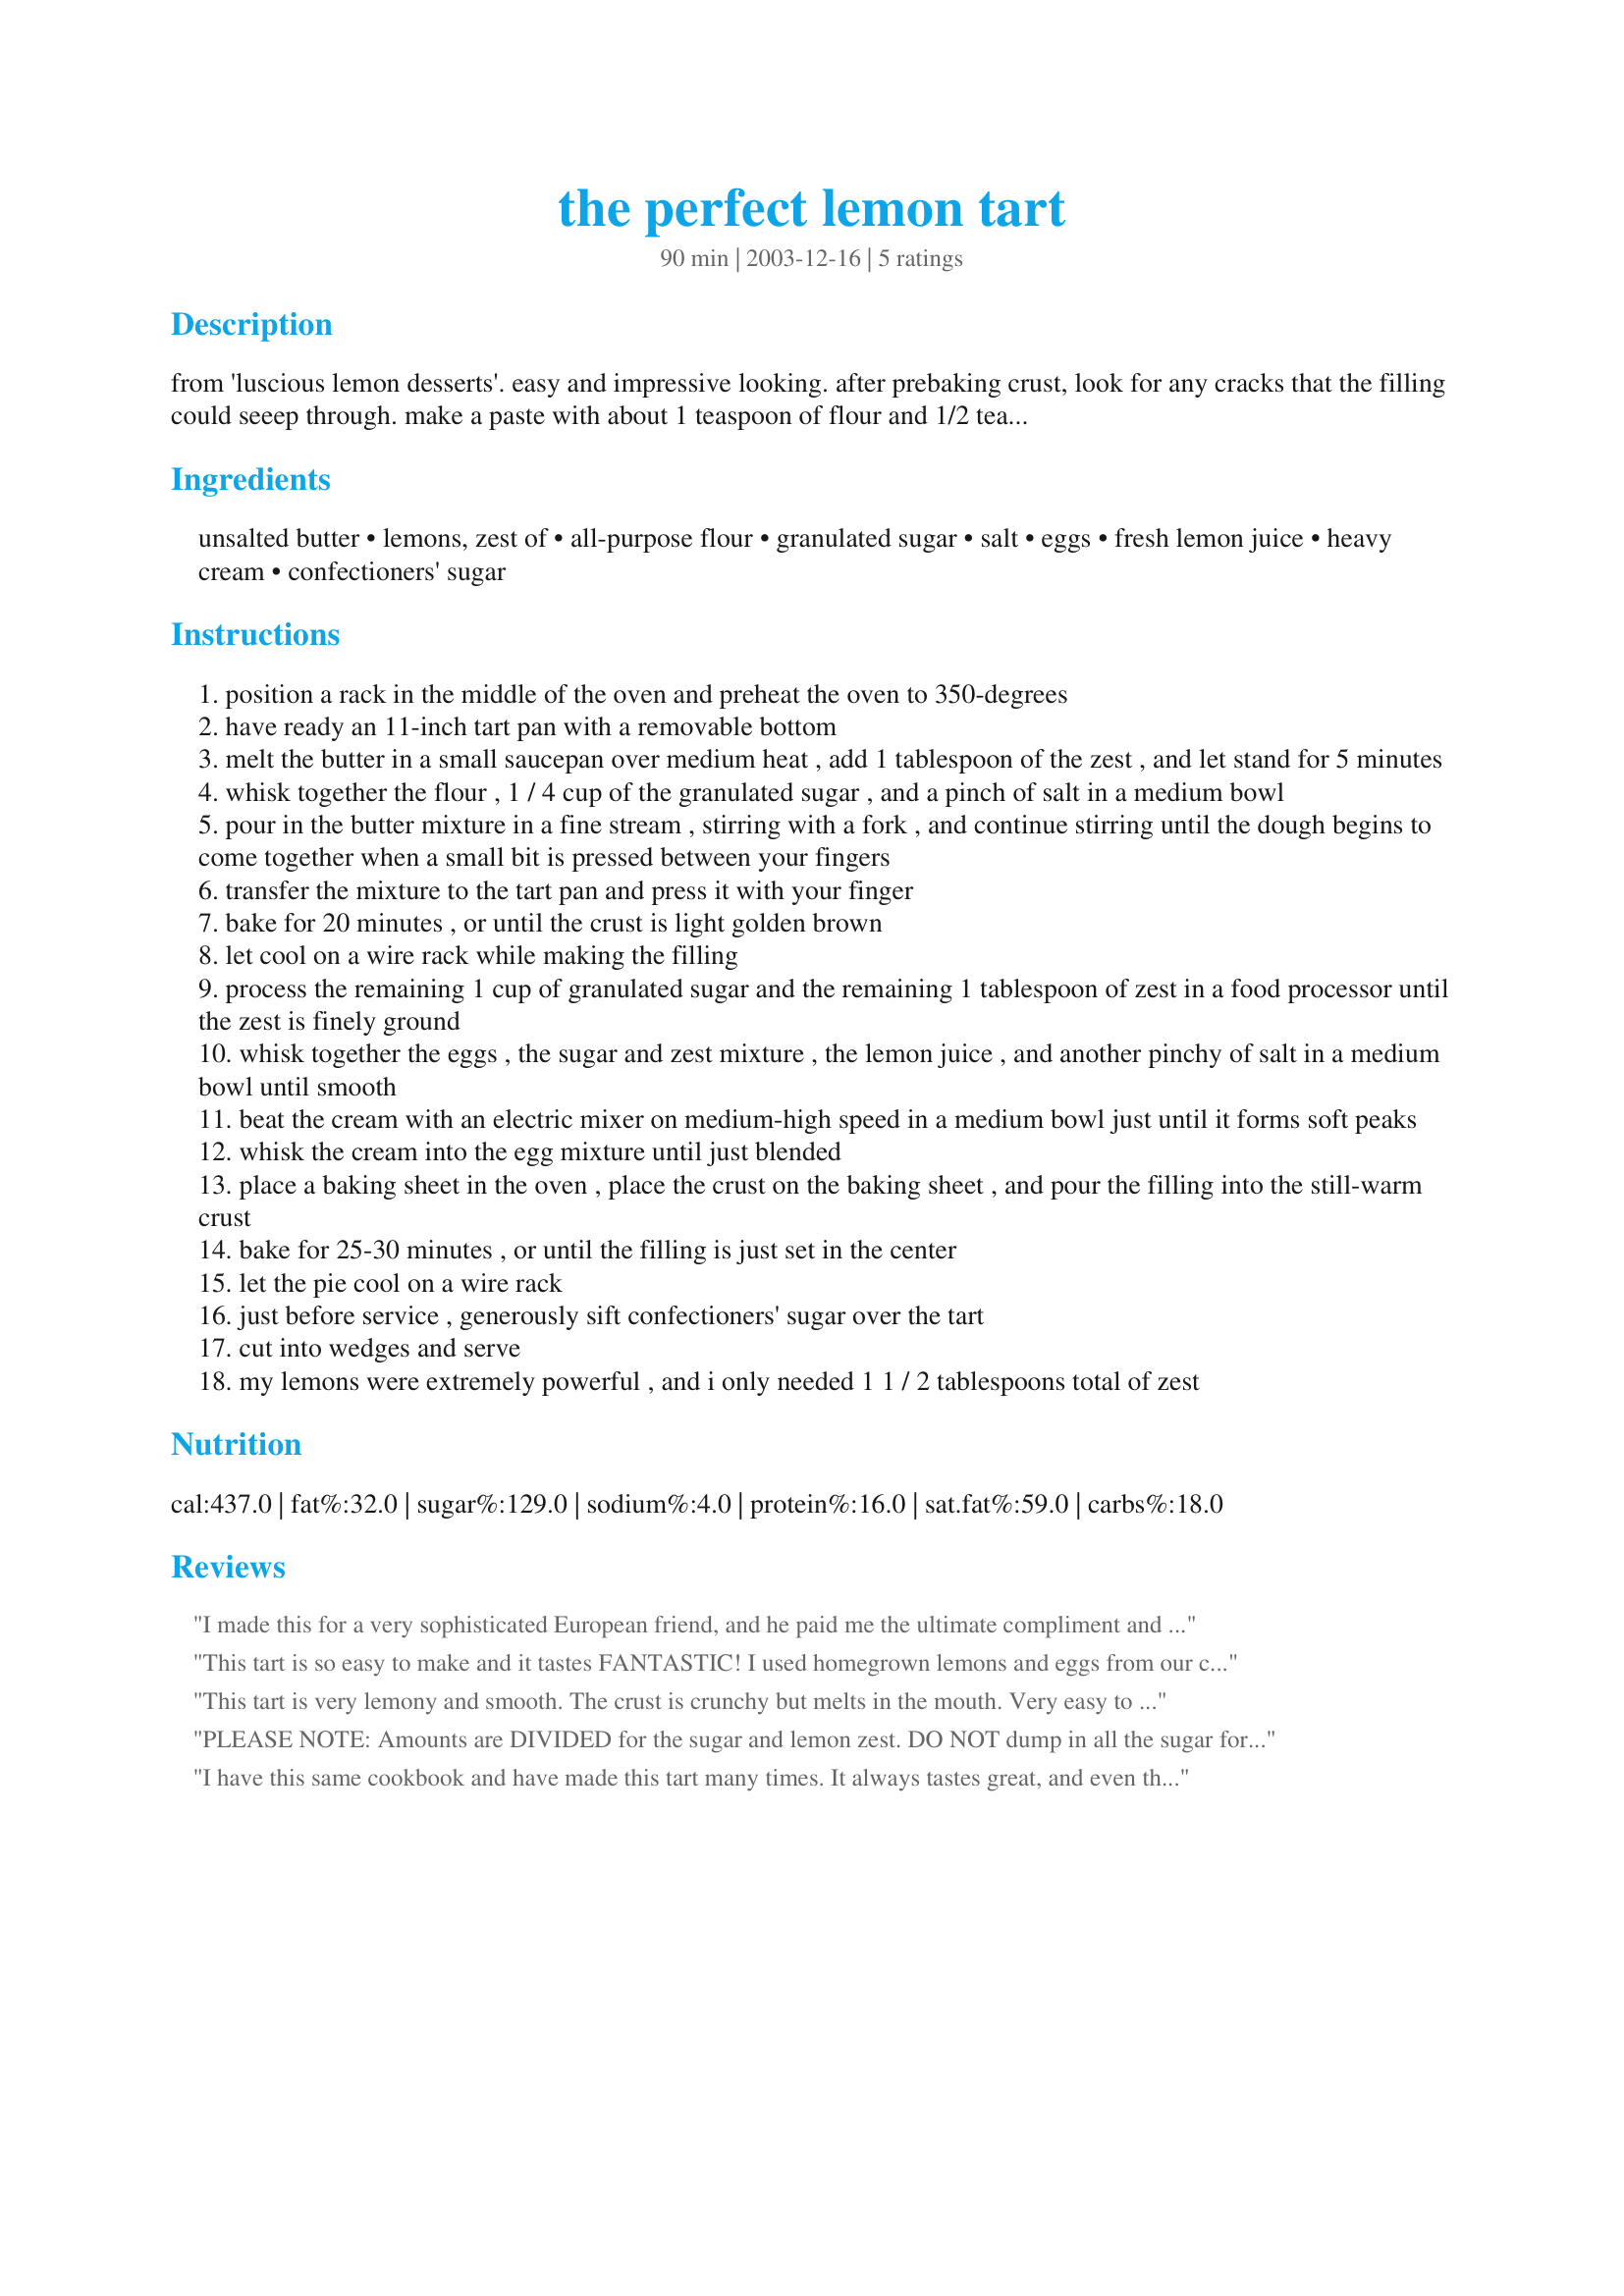
the perfect lemon tart
Preparation time: 90 minutes

from 'luscious lemon desserts'. easy and impressive looking. after prebaking crust, look for any cracks that the filling could seeep through. make a paste with about 1 teaspoon of flour and 1/2 teaspoon of water, and smear it over the cracks with your fingers to seal it. this recipe uses aproximately 4 lemons.

Ingredients:
unsalted butter, lemons, zest of, all-purpose flour, granulated sugar, salt, eggs, fresh lemon juice, heavy cream, confectioners' sugar

Steps:
position a rack in the middle of the oven and preheat the oven to 350-degrees
have ready an 11-inch tart pan with a removable bottom
melt the butter in a small saucepan over medium heat , add 1 tablespoon of the zest , and let stand for 5 minutes
whisk together the flour , 1 / 4 cup of the granulated sugar , and a pinch of salt in a medium bowl
pour in the butter mixture in a fine stream , stirring with a fork , and continue stirring until the dough begins to come together when a small bit is pressed between your fingers
transfer the mixture to the tart pan and press it with your finger
bake for 20 minutes , or until the crust is light golden brown
let cool on a wire rack while making the filling
process the remaining 1 cup of granulated sugar and the remaining 1 tablespoon of zest in a food processor until the zest is finely ground
whisk together the eggs , the sugar and zest mixture , the lemon juice , and another pinchy of salt in a medium bowl until smooth
beat the cream with an electric mixer on medium-high speed in a medium bowl just until it forms soft peaks
whisk the cream into the egg mixture until just blended
place a baking sheet in the oven , place the crust on the baking sheet , and pour the filling into the still-warm crust
bake for 25-30 minutes , or until the filling is just set in the center
let the pie cool on a wire rack
just before service , generously sift confectioners' sugar over the tart
cut into wedges and serve
my lemons were extremely powerful , and i only needed 1 1 / 2 tablespoons total of zest

Reviews:
I made this for a very sophisticated European friend, and he paid me the ultimate compliment and said it tasted as good as his mother's.

This is an excellent recipe - and it goes together easily. Thanks so much
This tart is so easy to make and it tastes FANTASTIC! I used homegrown lemons and eggs from our chickens, and I would recommend that if you are using big free range eggs to only use 5, because I had too much filling and I think that is why. I just cooked the leftover in a separate pan and had it with vanilla ice cream. Everyone loved this tart, A1 Recipe, thanks!
This tart is very lemony and smooth. The crust is crunchy but melts in the mouth. Very easy to make. It 
worked well in my tart shell which doesn't have a removable base. I would recommend a microplane grater for the rind - my tart was a little bitter using a normal grater and getting too much white pith.
PLEASE NOTE: Amounts are DIVIDED for the sugar and lemon zest. DO NOT dump in all the sugar for the crust!!!!
I have this same cookbook and have made this tart many times. It always tastes great, and even though it has a lot of steps it is pretty easy to make. I use a microplane to finely grate the zest, so I skip step #9 here. I also skip whipping the cream; I just whisk it into the batter as is. If you really like a \
